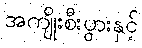
အကျိုးစီးပွားနှင့်